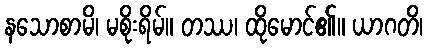
နသောစာမိ၊ မစိုးရိမ်။ တဿ၊ ထိုမောင်၏။ ယာဂတိ၊